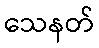
သေနတ်